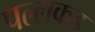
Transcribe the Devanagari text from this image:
पल्लकड